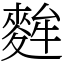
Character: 麰